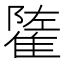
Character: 𨿭